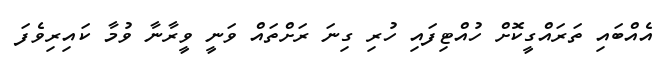
އެއްބައި ތަރައްގީކޮށް ހުއްޓިފައި ހުރި ގިނަ ރަށްތައް ވަނީ ވީރާނާ ވުމާ ކައިރިވެފަ